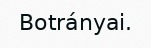
Botrányai.